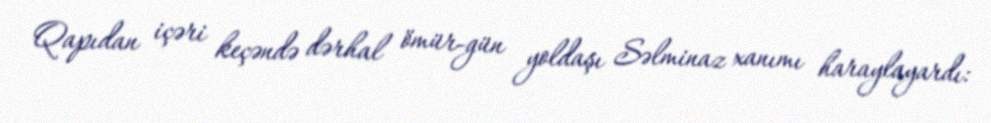
Qapıdan içəri keçəndə dərhal ömür-gün yoldaşı Səlminaz xanımı haraylayardı: